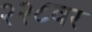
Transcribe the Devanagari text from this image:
२२८वर